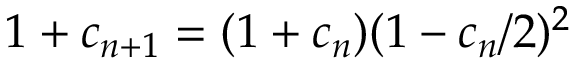
1 + c _ { n + 1 } = ( 1 + c _ { n } ) ( 1 - c _ { n } / 2 ) ^ { 2 } \,